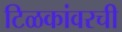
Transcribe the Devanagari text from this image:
टिळकांवरची